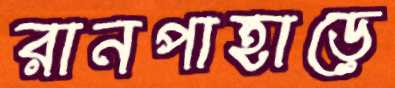
রানপাহাড়ে